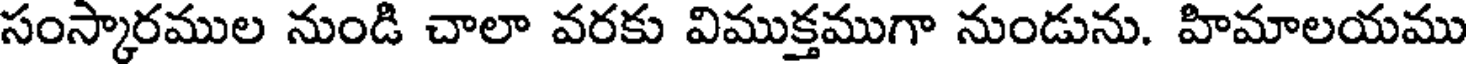
సంస్కారముల నుండి చాలా వరకు విముక్తముగా నుండును. హిమాలయము